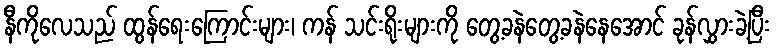
နီကိုလေသည် ထွန်ရေးကြောင်းများ၊ ကန် သင်းရိုးများကို တွေ့ခနဲတွေ့ခနဲနေအောင် ခုန်လွှားခဲ့ပြီး